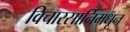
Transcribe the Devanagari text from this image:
विचारसार्निमधून